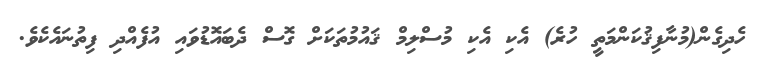
ހެދިގެން(މުނާފިޤުކަންމަތީ ހުރެ) އެކި އެކި މުސްލިމް ޤައުމުތަކަށް ގޮސް ދެބައޮޑުވައި އުފެއްދި ފިތުނައެކެވެ.